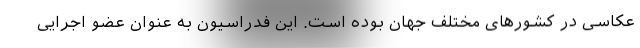
عکاسی در کشورهای مختلف جهان بوده است. این فدراسیون به عنوان عضو اجرایی